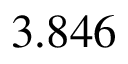
3 . 8 4 6